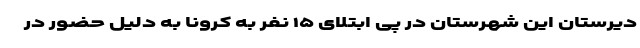
دیرستان این شهرستان در پی ابتلای ۱۵ نفر به کرونا به دلیل حضور در